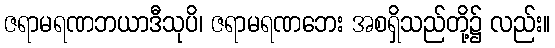
ဇရာမရဏဘယာဒီသုပိ၊ ဇရာမရဏဘေး အစရှိသည်တို့၌ လည်း။